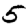
Digit: 5